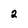
Character: 2